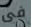
فى